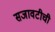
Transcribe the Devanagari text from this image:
सजावटीची